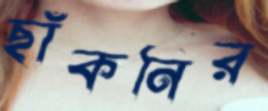
ছাঁকনির